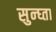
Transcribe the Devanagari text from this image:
सुन्घ्ता